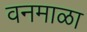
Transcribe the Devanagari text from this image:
वनमाळा